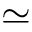
\simeq